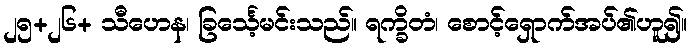
၂၅+၂၆+ သီဟေန၊ ခြင်္သေ့မင်းသည်။ ရက္ခိတံ၊ စောင့်ရှောက်အပ်၏ဟူ၍။